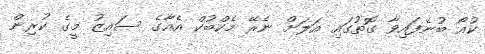
ކުއޯ ބުނެފައިވާ ގޮތުގައި އަލަށް ނެރޭ މެކްބުކް އެއާގެ ސައިޒު މީގެ ކުރިން